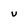
Character: U